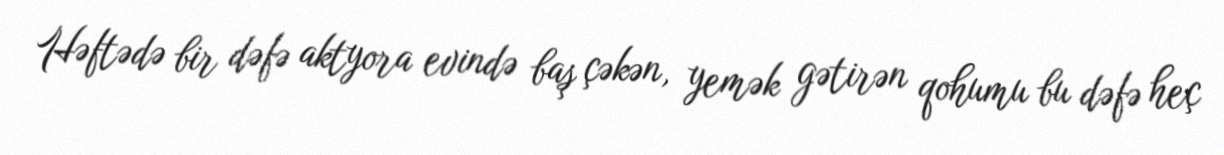
Həftədə bir dəfə aktyora evində baş çəkən, yemək gətirən qohumu bu dəfə heç